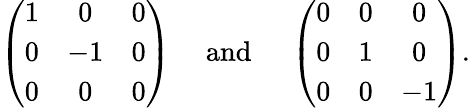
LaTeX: \left(\begin{array}{ccc}{{1}}&{{0}}&{{0}}\\ {{0}}&{{-1}}&{{0}}\\ {{0}}&{{0}}&{{0}}\end{array}\right)\quad\mathrm{~and~}\quad\left(\begin{array}{ccc}{{0}}&{{0}}&{{0}}\\ {{0}}&{{1}}&{{0}}\\ {{0}}&{{0}}&{{-1}}\end{array}\right).